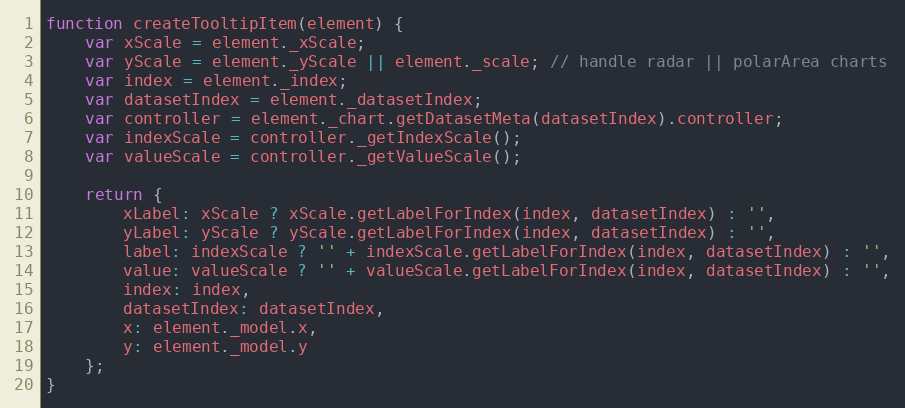
Language: JavaScript
function createTooltipItem(element) {
	var xScale = element._xScale;
	var yScale = element._yScale || element._scale; // handle radar || polarArea charts
	var index = element._index;
	var datasetIndex = element._datasetIndex;
	var controller = element._chart.getDatasetMeta(datasetIndex).controller;
	var indexScale = controller._getIndexScale();
	var valueScale = controller._getValueScale();

	return {
		xLabel: xScale ? xScale.getLabelForIndex(index, datasetIndex) : '',
		yLabel: yScale ? yScale.getLabelForIndex(index, datasetIndex) : '',
		label: indexScale ? '' + indexScale.getLabelForIndex(index, datasetIndex) : '',
		value: valueScale ? '' + valueScale.getLabelForIndex(index, datasetIndex) : '',
		index: index,
		datasetIndex: datasetIndex,
		x: element._model.x,
		y: element._model.y
	};
}